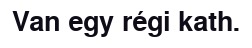
Van egy régi kath.